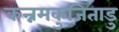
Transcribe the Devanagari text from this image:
कन्नमकुजिताडु